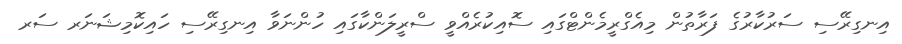
އިނގިރޭސި ސަރުކާރުގެ ފަރާތުން މިއެގްރީމެންޓްގައި ސޮއިކުރެއްވީ ސްރީލަންކާގައި ހުންނަވާ އިނގިރޭސި ހައިކޮމިޝަނަރ ސަރ